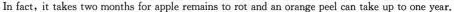
In fact, it takes two months for apple remains to rot and an orange peel can take up to one year.